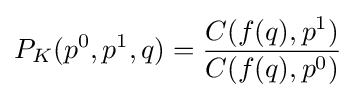
P_{K}(p^{0},p^{1},q)={\frac {C(f(q),p^{1})}{C(f(q),p^{0})}}